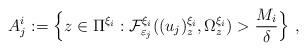
LaTeX: \begin{align*}A_{j}^{i}:=\Big\{z\in\Pi^{\xi_{i}}: \mathcal{F}_{\varepsilon_{j}}^{\xi_{i}}((u_{j})_{z}^{\xi_{i}},\Omega_{z}^{\xi_{i}})>\frac{M_{i}}{\delta}\Big\}~,\end{align*}